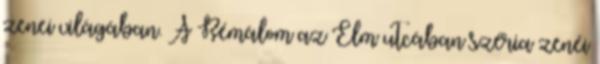
zenei világában. A Rémálom az Elm utcában széria zenéi